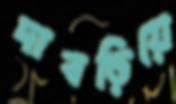
দাবড়িয়ে